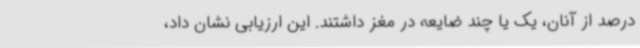
درصد از آنان، یک یا چند ضایعه در مغز داشتند. این ارزیابی نشان داد،